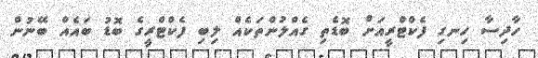
ހާދިސާ ހިނގި ފެކްޓްރީއަށް ބޮޑެތި ގެއްލުންތަކެއް ލިބި ފެކްޓްރީގެ ބޮޑު ބައެއް ބޭނުން